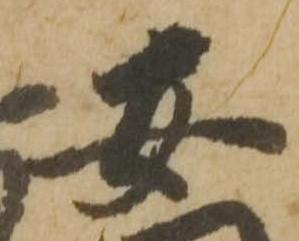
安